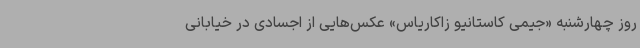
روز چهارشنبه «جیمی کاستانیو زاکاریاس» عکس‌هایی از اجسادی در خیابانی